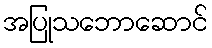
အပြုသဘောဆောင်